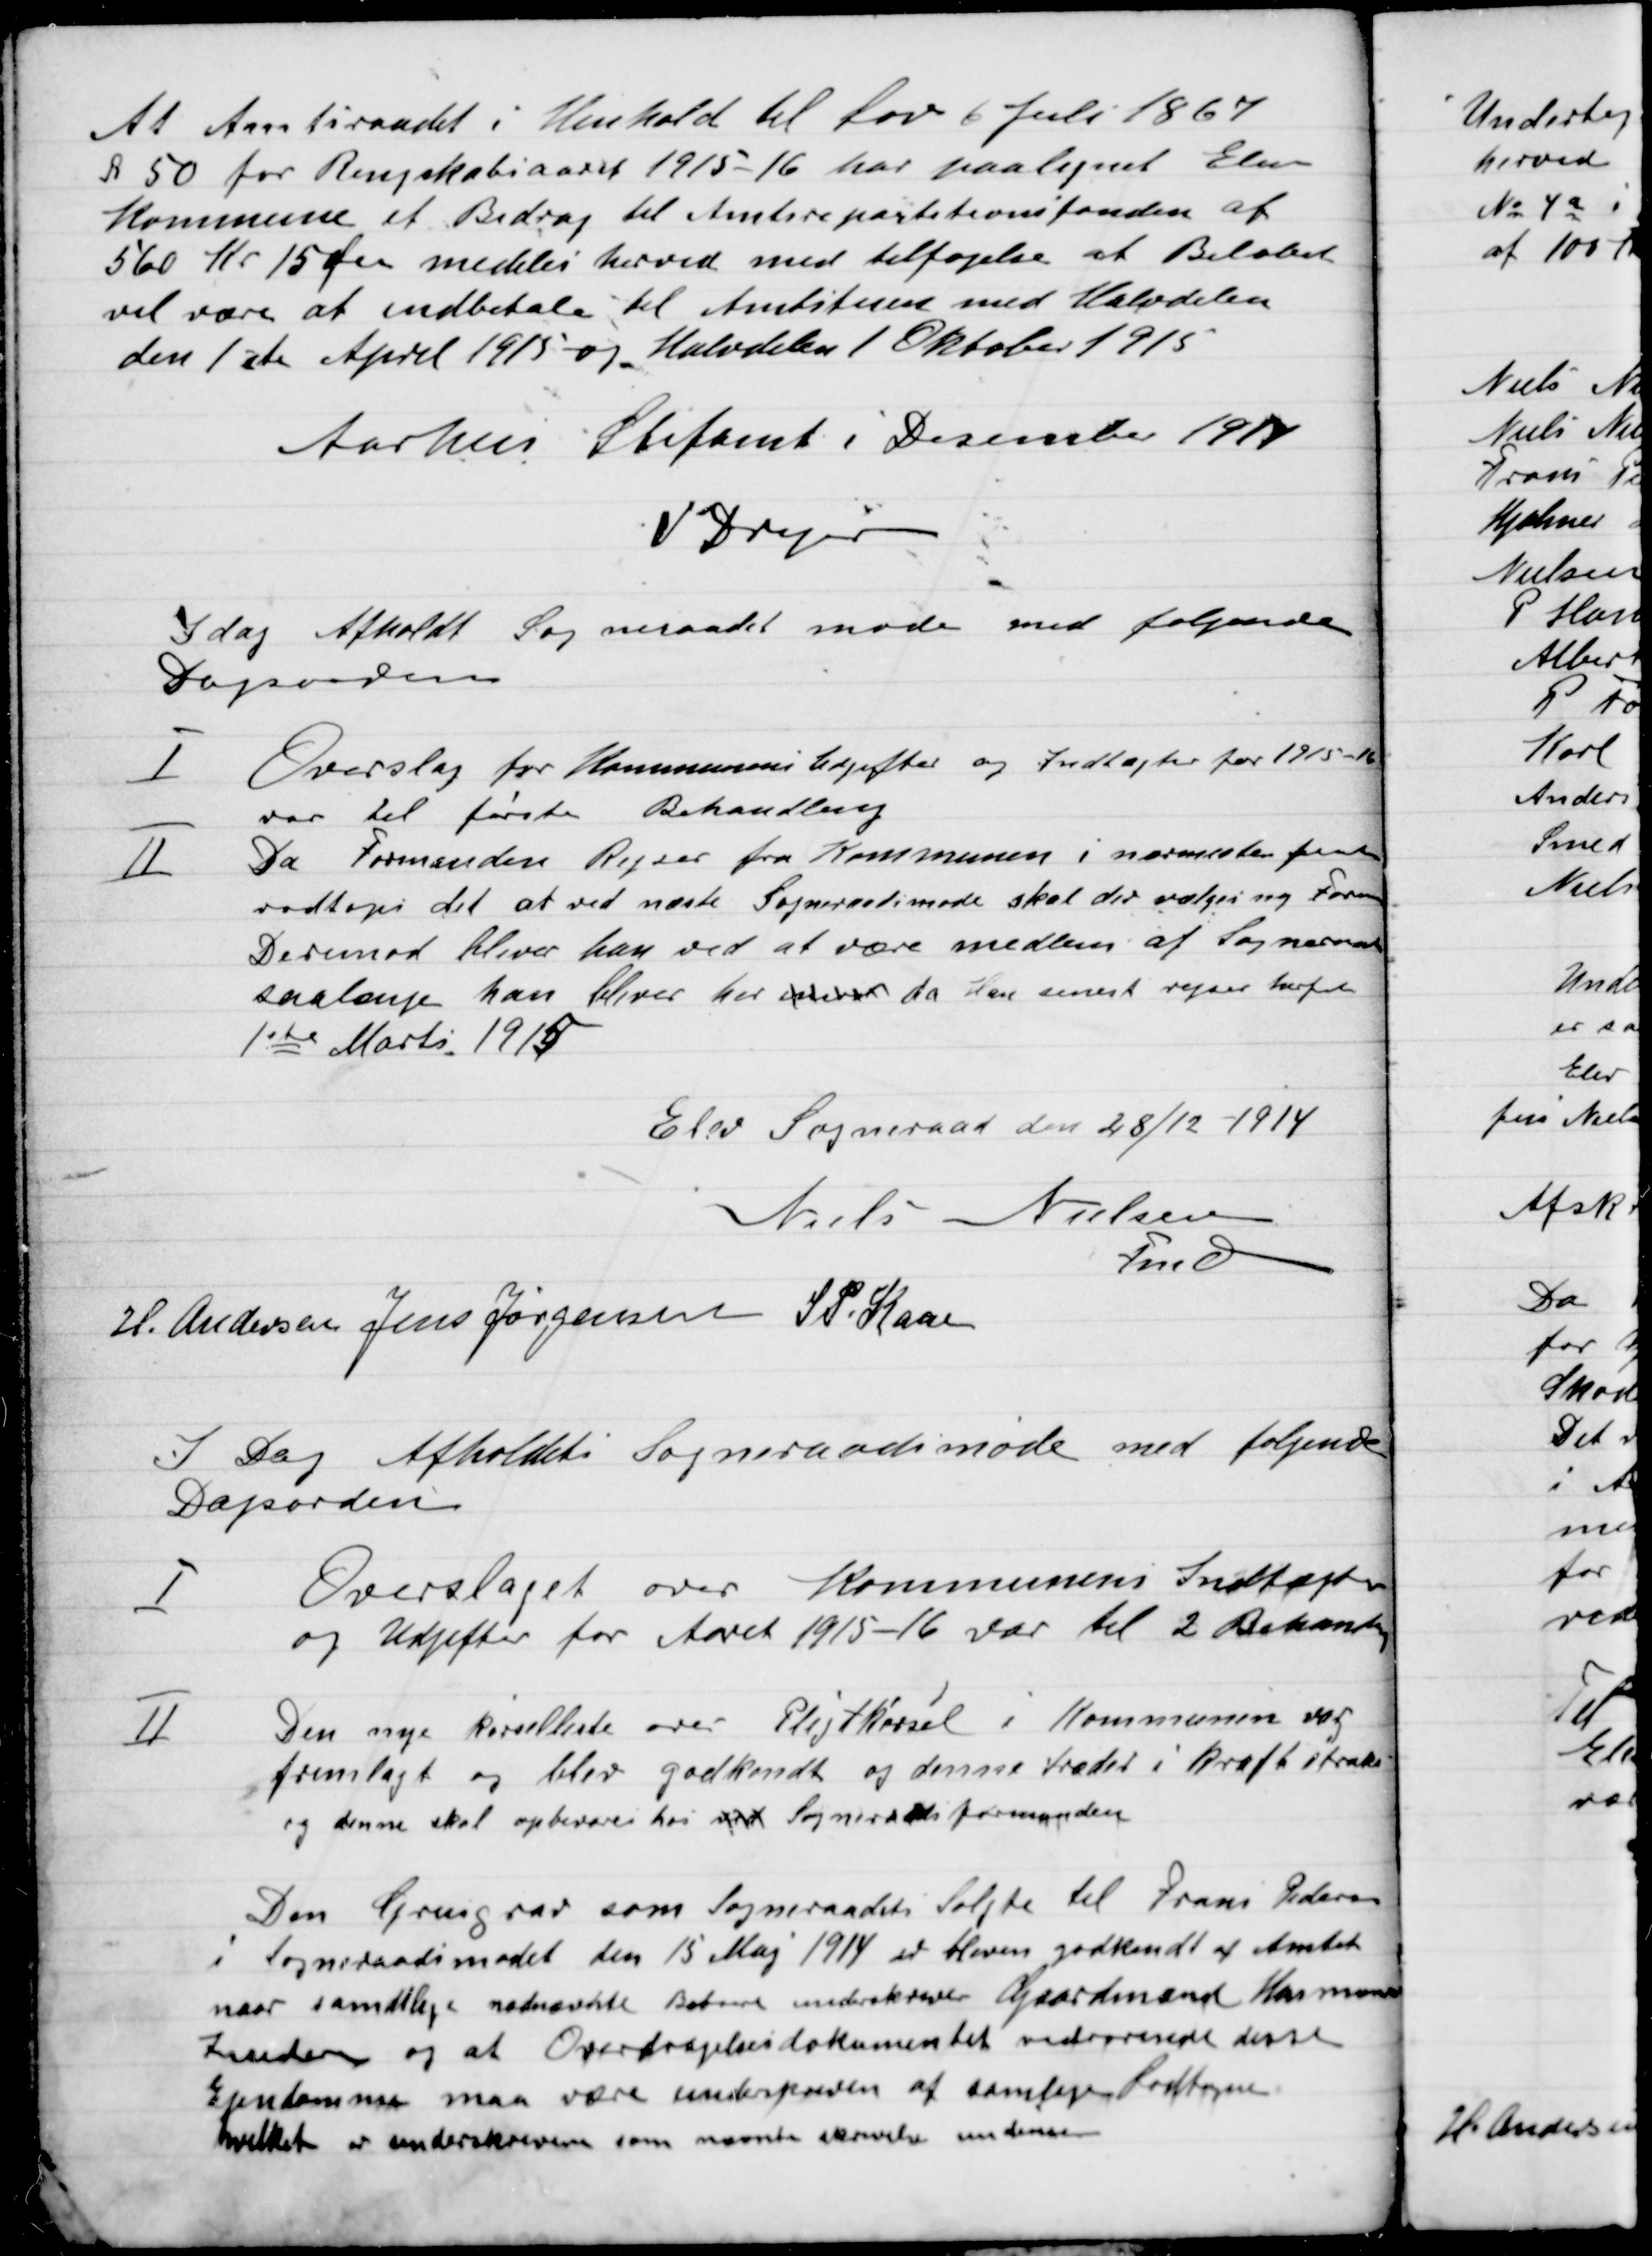
Transskription:
At Amtsraadet i henhold til Lov 6 juli 1867
A 50 for Regnskabsaaret 1915-16 har paalignet Elev
Kommune et Bidrag til Amtsreparationsfonden af
560 Kr. 15 Øre meddeles herved med tilføjelse at Beløbet
vil være at indbetale til Amtstuen med Halvdelen
den 1ste April 1915 og Halvdelen 1. Oktober 1915.
Aarhus Stiftsamt i December 1917
V Dreyer

I Dag Afholdt Sogneraadet Møde med følgende
Dagsorden

I

Overslag for Kommunens Udgifter og Indtægter for 1915-16
var til først Behandling.

II

Da Formanden Rejser fra Kommunen i nærmeste fremtid
vedtoges det at ved næste Sogneraadsmøde skal der vælges ny Formand
Derimod bliver han ved at være medlem af Sogneraadet
saalænge kan blive har under da Han snarest rejser herfra
1ste Marts 1915.

Elev Sogneraad den 28/12 1914

Niels Nielsen
Fmd
H. Andersen
Jens Jørgensen
S. P. Kaas

I Dag Afholdtes Sogneraadsmøde med følgende
Dagsorden.

I

Overslaget over Kommunes Indtægter
og Udgifter for Aaret 1915-16 var til 2. Behandling.

II

Den nye Kørselsliste over Pligtkørsel i Kommunen var
fremlagt og blev godkendt og denne træder i Kraft straks
og denne skal opbevares hos ved Sogneraadsfomanden.

Den Grusgrav som Sogneraadet solgte til Frans Pedersen
I Sogneraadsmødet den 15 Maj 1914 er bleven godkendt af Amtet
naar samtlige nednævnte Beboere underskriver Gaardmand Hansen
Indsendes og at Overdragelsesdokumentet vedrørende disse
Ejendomme maa være underskreven af samtlige Godtagen
hvilket er underskrevet som nævnte skrivelse om denne